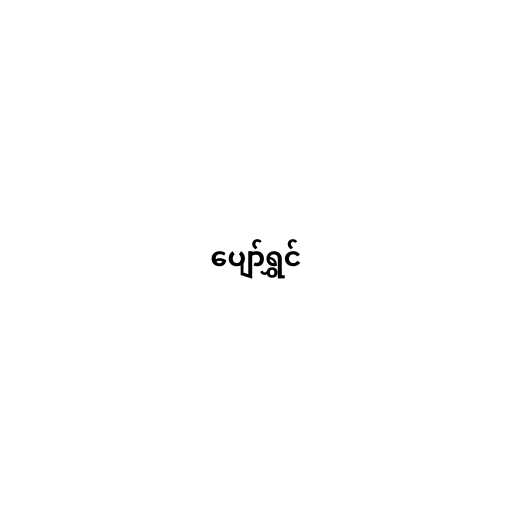
ပျော်ရွှင်